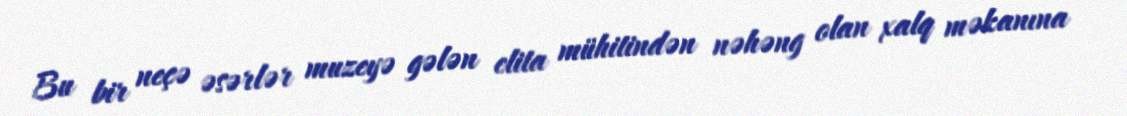
Bu bir neçə əsərlər muzeyə gələn elita mühitindən nəhəng olan xalq məkanına